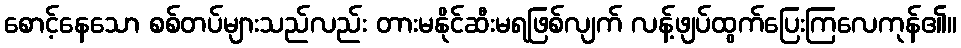
စောင့်နေသော စစ်တပ်များသည်လည်း တားမနိုင်ဆီးမရဖြစ်လျက် လန့်ဖျပ်ထွက်ပြေးကြလေကုန်၏။